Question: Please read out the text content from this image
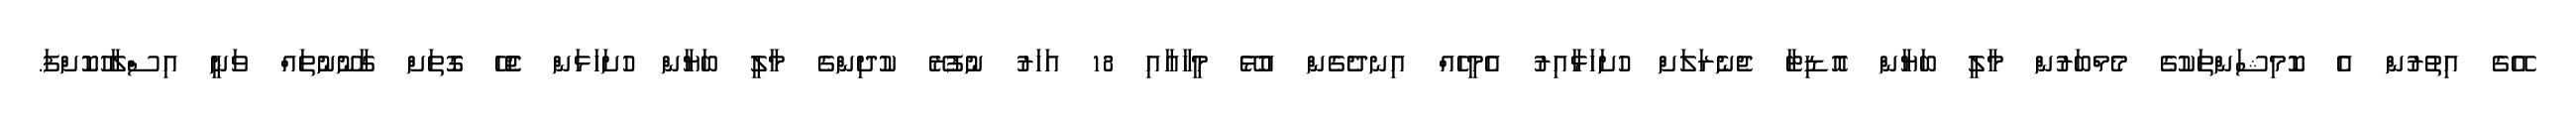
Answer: އޭގެ އިތުރުން އެ ކޮމިޝަންތަކުގެ މެމްބަރުން މާލީ ބަޔާން އޮޑިޓާ ޖެނެރަލަށް ހުށަހަޅާއިރު އެމީހެއް އިނދެގެން އުޅޭ މީހާއާއި 18 އަހަރު ނުފުރޭ ކުދިންގެ މާލީ ބަޔާން ހުށަހަޅަން ޖެހޭ ގޮތަށް ގާނޫނުތައް ވަނީ އިސްލާހުކޮށްފަ.